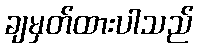
ချမှတ်ထားပါသည်